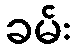
ခမ်း